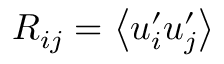
{ R _ { i j } } = \left\langle { { u _ { i } ^ { \prime } } { u _ { j } ^ { \prime } } } \right\rangle